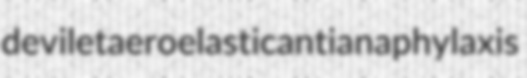
devilet aeroelastic antianaphylaxis